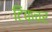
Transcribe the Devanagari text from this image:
टिंकचर